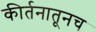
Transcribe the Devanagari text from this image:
कीर्तनातूनच